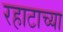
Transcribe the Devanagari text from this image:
रहाटाच्या